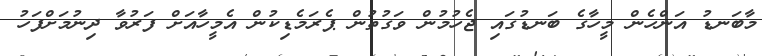
މާބަނޑު އަންހެން މީހާގެ ބަނޑުގައި ޖެހުމުން ވަގުތުން ޕެރަމެޑިކުން އެމީހާއަށް ފަރުވާ ދިނުމަށްފަހު